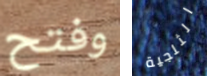
وفتح الثلجية